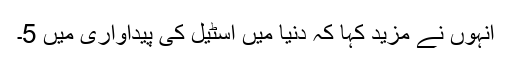
انہوں نے مزید کہا کہ دنیا میں اسٹیل کی پیداواری میں 5۔